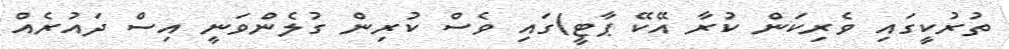
ތުރުކީގައި ވެރިކަން ކުރާ އޭކޭ ޕާޓީ)ގައި ވެސް ކުރިން ގުލެންވަނީ އިސް ދައުރެއް